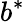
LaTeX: b^{\ast}